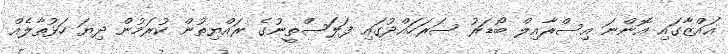
ޣައްޒާގައި އޮންނަ އިސްރާއިލް ބޯޑަރު ސަރަހައްދުގައި ފަލަސްތީނުގެ ރައްޔިތުން ކުރަމުން ދިޔަ ހަޅުތާލެއް